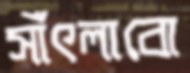
সাঁৎলাবো